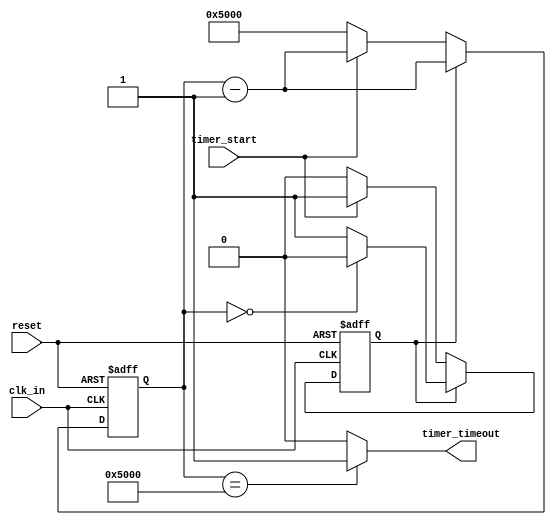
module timer_simple(
     input clk_in, 
     input reset,
     input timer_start,
     output timer_timeout 
     );
   parameter RELOAD_VAL = 16'h5000;
   reg [15:0] counter_reg; 
   reg timer_state_run;
   assign timer_timeout = (counter_reg == RELOAD_VAL) ?1'b1:1'b0; 
   
   always @(posedge clk_in , negedge reset)
   begin
       if (!reset)
       begin 
         timer_state_run <= 0;
         counter_reg     <= RELOAD_VAL; 
       end 
       else
       begin 
         if (timer_state_run) 
         begin 
           counter_reg    <= counter_reg - 16'h0001 ;
           timer_state_run <= 1;
           if (counter_reg == 0)
           begin
             timer_state_run <= 0; 
           end  
           
         end 
         else 
         begin 
           counter_reg     <= RELOAD_VAL;
           timer_state_run <= 0;   
           if (timer_start) 
           begin 
             timer_state_run <= 1;   
             counter_reg    <= counter_reg - 16'h0001 ;
           end
         end 
       end
   
   end
endmodule